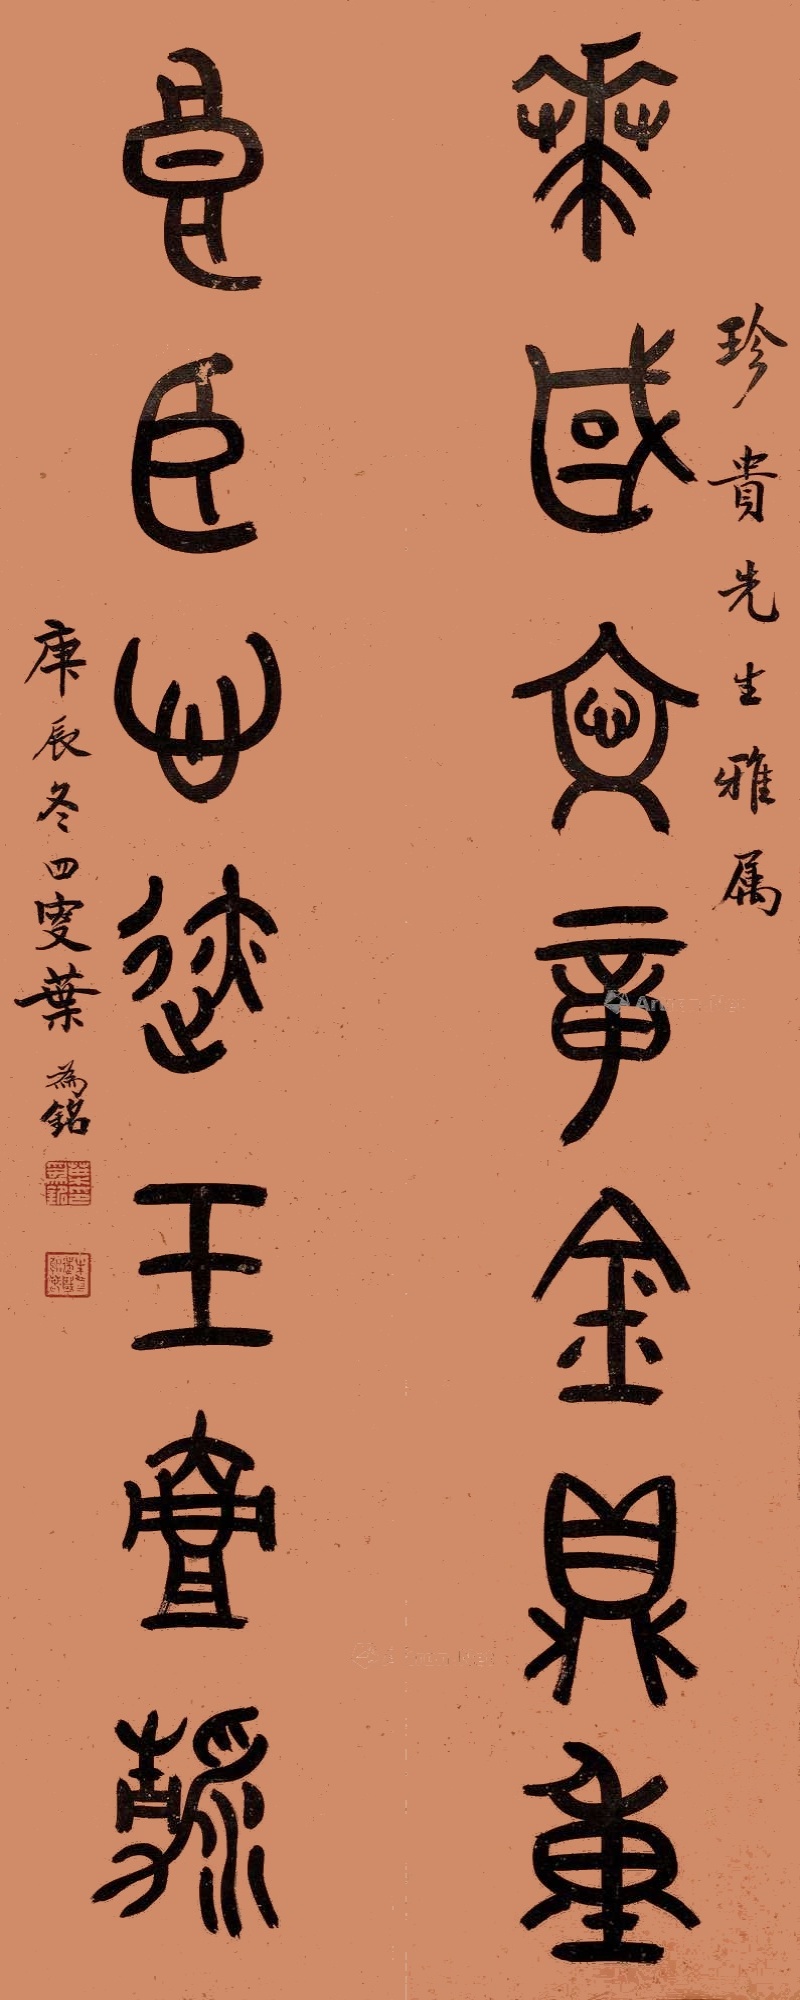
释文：华国文章金鼎重，良臣心迹玉壶清。珍贵先生雅属，庚辰冬四叟叶为铭。